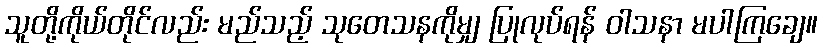
သူတို့ကိုယ်တိုင်လည်း မည်သည့် သုတေသနကိုမျှ ပြုလုပ်ရန် ဝါသနာ မပါကြချေ။